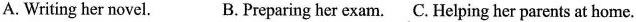
A.Writing her novel. B.Preparing her exam. C.Helping her parents at home.